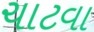
ચાટવા